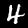
Digit: 4